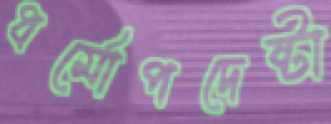
ধর্মোপদেষ্টা